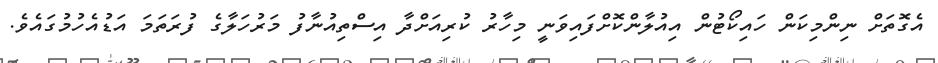
އެގޮތަށް ނިންމިކަން ހައިކޯޓުން އިއުލާންކޮށްފައިވަނީ މިހާރު ކުރިއަށްދާ އިސްތިއުނާފު މަރުހަލާގެ ފުރަތަމަ އަޑުއެހުމުގައެވެ.